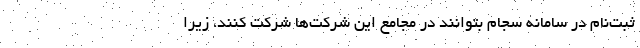
ثبت‌نام در سامانه سجام بتوانند در مجامع این شرکت‌ها شرکت کنند، زیرا